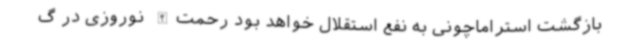
بازگشت استراماچونی به نفع استقلال خواهد بود رحمت‌الله نوروزی در گ